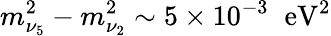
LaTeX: m_{\nu_{5}}^{2}-m_{\nu_{2}}^{2}\sim 5\times 10^{-3}\; \; \mathrm{eV}^{2}